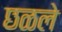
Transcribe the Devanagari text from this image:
छळले